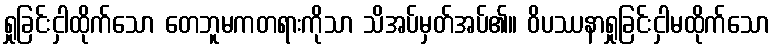
ရှုခြင်းငှါထိုက်သော တေဘူမကတရားကိုသာ သိအပ်မှတ်အပ်၏။ ဝိပဿနာရှုခြင်းငှါမထိုက်သော